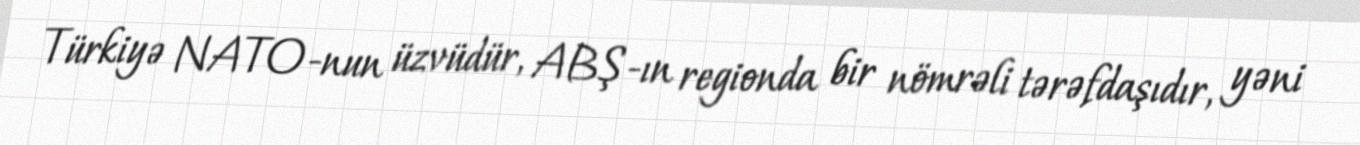
Türkiyə NATO-nun üzvüdür, ABŞ-ın regionda bir nömrəli tərəfdaşıdır, yəni